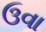
ઉવા